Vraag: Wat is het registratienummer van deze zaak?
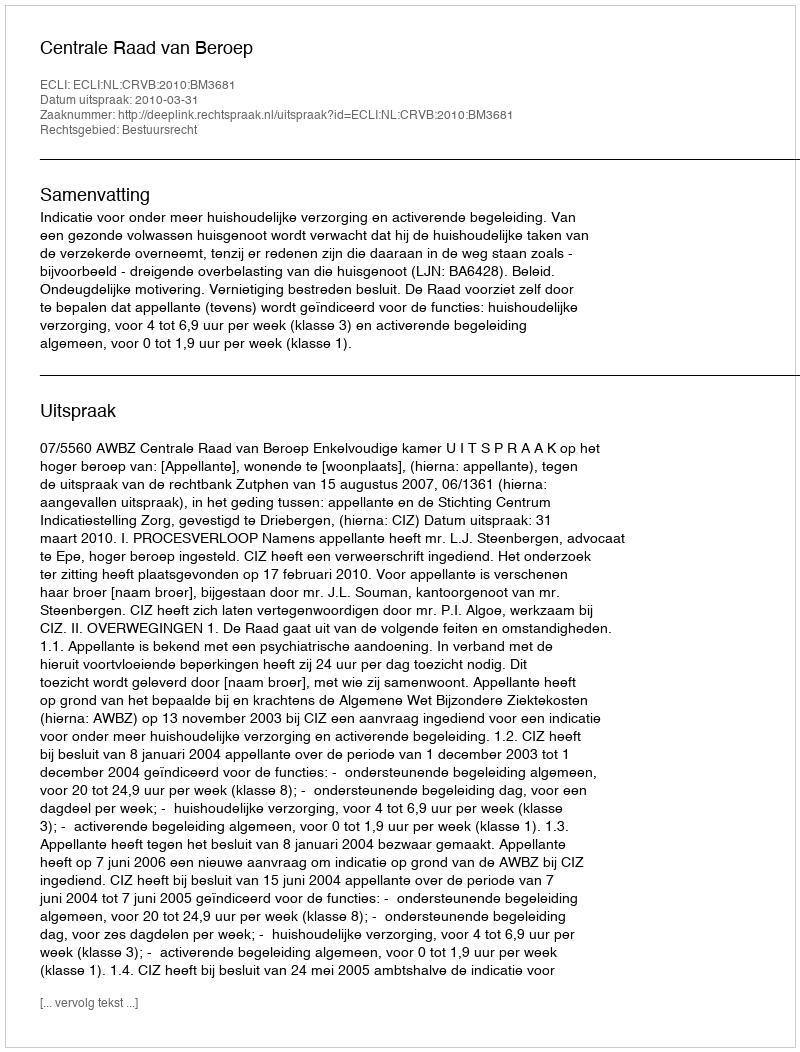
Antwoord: http://deeplink.rechtspraak.nl/uitspraak?id=ECLI:NL:CRVB:2010:BM3681